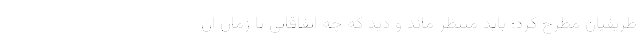
ظریفیان مطرح کرد: باید منتظر ماند و دید که چه اتفاقاتی تا زمان ان